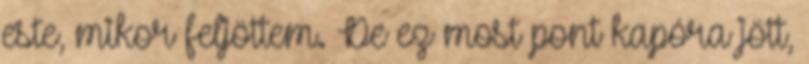
este, mikor feljöttem. De ez most pont kapóra jött,